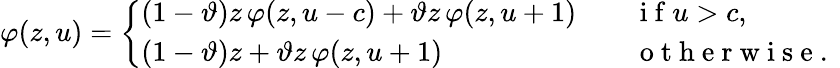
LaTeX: \varphi(z,u)=\left\{ \begin{array}{ll}{(1-\vartheta)z\, \varphi(z,u-c)+\vartheta z\, \varphi(z,u+1)\quad}&{\mathrm{~i~f~}u>c,}\\ {(1-\vartheta)z+\vartheta z\, \varphi(z,u+1)}&{\mathrm{~o~t~h~e~r~w~i~s~e~.~}}\end{array}\right.